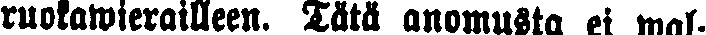
ruokawierailleen. Tätä anomusta ei wal-